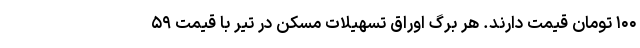
۱۰۰ تومان قیمت دارند. هر برگ اوراق تسهیلات مسکن در تیر با قیمت ۵۹